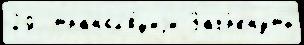
29  трансл'я́циjи Зач́ркнуты